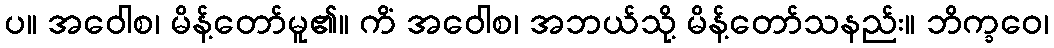
ပ။ အဝေါစ၊ မိန့်တော်မူ၏။ ကိံ အဝေါစ၊ အဘယ်သို့ မိန့်တော်သနည်း။ ဘိက္ခဝေ၊